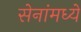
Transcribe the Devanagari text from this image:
सेनांमध्ये